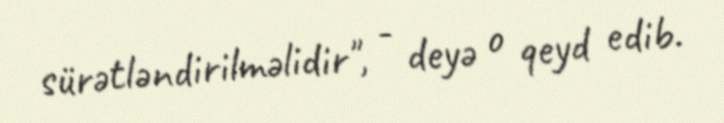
sürətləndirilməlidir", - deyə o qeyd edib.